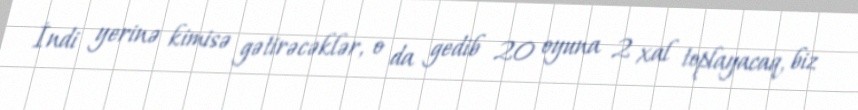
İndi yerinə kimisə gətirəcəklər, o da gedib 20 oyuna 2 xal toplayacaq, biz